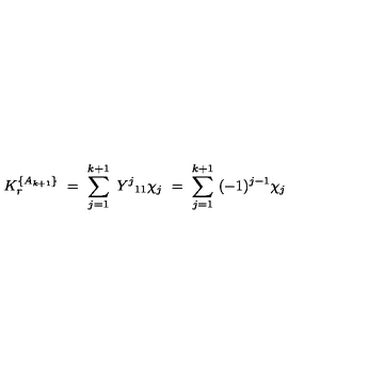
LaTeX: K _ { r } ^ { \{ A _ { k + 1 } \} } \ = \ \sum _ { j = 1 } ^ { k + 1 } \ { { Y } ^ { j } } _ { 1 1 } \chi _ { j } \ = \ \sum _ { j = 1 } ^ { k + 1 } \ ( - 1 ) ^ { j - 1 } \chi _ { j }